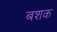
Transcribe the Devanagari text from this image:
बशक